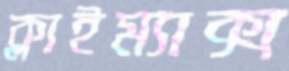
ক্লাইম্যাক্স